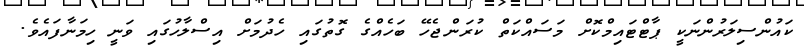
ކައުންސިލަރުންނަކީ ޕާޓްޓައިމްކޮށް މަސައްކަތް ކުރަންޖެހޭ ބަހެއްގެ ގޮތުގައި ހެދުމަށް އިސްލާހުގައި ވަނީ ހިމަނާފައެވެ.